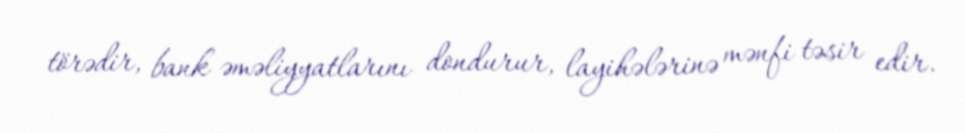
törədir, bank əməliyyatlarını dondurur, layihələrinə mənfi təsir edir.